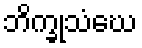
ဘိက္ခုသံဃေ